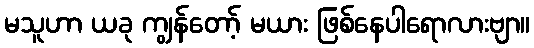
မသူဟာ ယခု ကျွန်တော့် မယား ဖြစ်နေပါရောလားဗျာ။